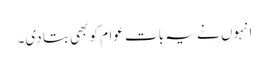
انہوں نے یہ بات عوام کو بھی بتا دی۔